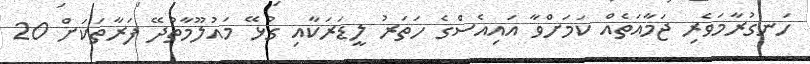
ހަނގުރާމަވެރި ޖަމާއަތެއް ކަމަށްވާ އައިއެސްގެ ހަތަރު ލީޑަރަކާއި ގުޅޭ މައުލޫމާތުދޭ ފަރާތަކަށް 20